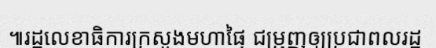
៕រដ្ឋលេខាធិការក្រសួងមហាផ្ទៃ ជម្រុញឲ្យប្រជាពលរដ្ឋ